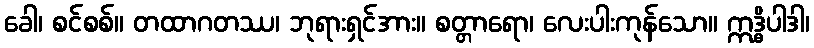
ခေါ၊ စင်စစ်။ တထာဂတဿ၊ ဘုရားရှင်အား။ စတ္တာရော၊ လေးပါးကုန်သော။ ဣဒ္ဓိပါဒါ၊